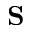
{ \bf S }